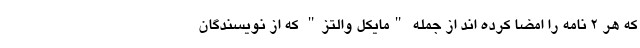
که هر 2 نامه را امضا کرده اند از جمله "مایکل والتز" که از نویسندگان